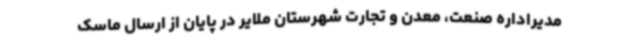
مدیراداره صنعت، معدن و تجارت شهرستان ملایر در پایان از ارسال ماسک